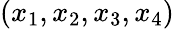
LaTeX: (x_{1},x_{2},x_{3},x_{4})